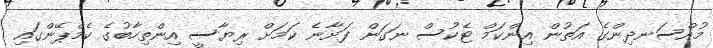
މުއްސަނދިންގެ އަތުން އިންކަމް ޓެކުސް ނަގަން ފަށާނެ ކަމަށް ރިޔާސީ އިންތިހާބުގެ ކެމްޕޭންގައި